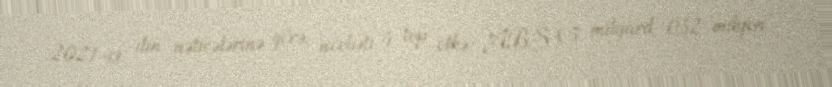
2021-ci ilin nəticələrinə görə, növbəti 4 top ölkə: ABŞ (5 milyard 032 milyon